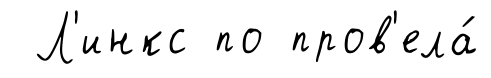
Л'инкс по пров'ела́